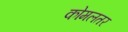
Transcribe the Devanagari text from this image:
कोमलतर